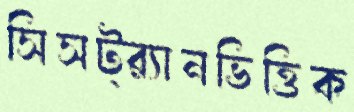
সিসট্র্যানভিত্তিক